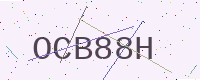
Text: OCB88H